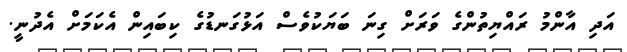
އަދި އާންމު ރައްޔިތުންގެ ވަރަށް ގިނަ ބަޔަކުވެސް އަޅުގަނޑުގެ ކިބައިން އެކަމަށް އެދުނީ.